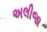
અલીજા